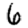
Digit: 6